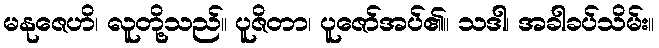
မနုဇေဟိ၊ လူတို့သည်။ ပူဇိတာ၊ ပူဇော်အပ်၏။ သဒါ၊ အခါခပ်သိမ်း။